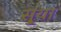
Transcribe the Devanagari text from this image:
सु्या